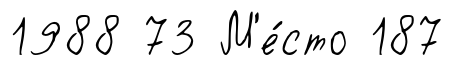
1988 73 М'е́сто 187